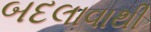
બદલાવાથી